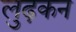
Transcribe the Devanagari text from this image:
लुढ़कन